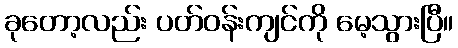
ခုတော့လည်း ပတ်ဝန်းကျင်ကို မေ့သွားပြီ။